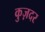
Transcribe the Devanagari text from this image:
कुज़दर